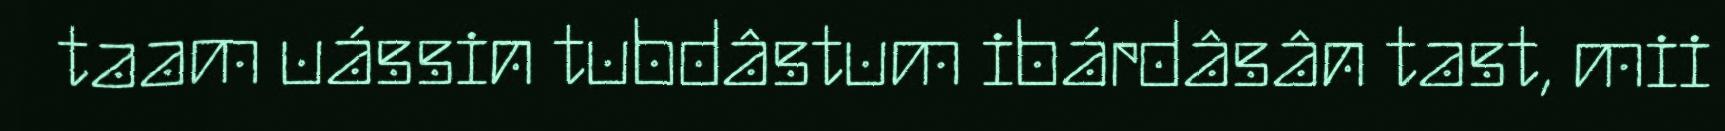
taam uássin tubdâstum ibárdâsân tast, mii